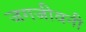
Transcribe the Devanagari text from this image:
जगजीवनी